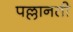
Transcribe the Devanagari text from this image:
पल्लानती